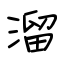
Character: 溜